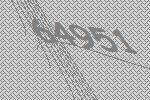
64951